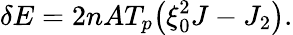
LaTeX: \begin{array}{l}{\displaystyle{\delta E=2nAT_{p}\big(\xi_{0}^{2}J-J_{2}\big).}}\end{array}